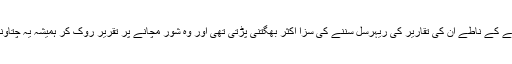
کلاس فیلو ہونے کے ناطے ان کی تقاریر کی ریہرسل سننے کی سزا اکثر بھگتنی پڑتی تھی اور وہ شور مچانے پر تقریر روک کر ہمیشہ یہ چتاونی دیا کرتے ۔